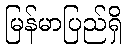
မြန်မာပြည်ရှိ